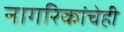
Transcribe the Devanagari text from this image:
नागरिकांचेही